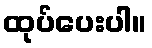
ထုပ်ပေးပါ။